Document type: Grant of rights
Year: 1326
Scribe: Bernat de Vilarúbia
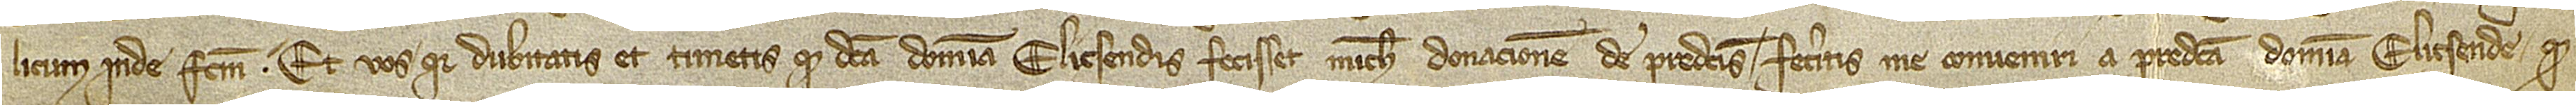
licum inde factum. Et vos quia dubitatis et timetis quod dicta domina Elicsendis fecisset michi donacionem de predictis, feceritis me conveniri a predicta domina Elicsende quod